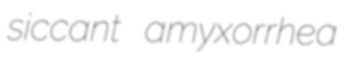
siccant amyxorrhea